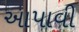
આપાવી